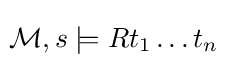
\!{\mathcal {M}},s\models Rt_{1}\ldots t_{n}